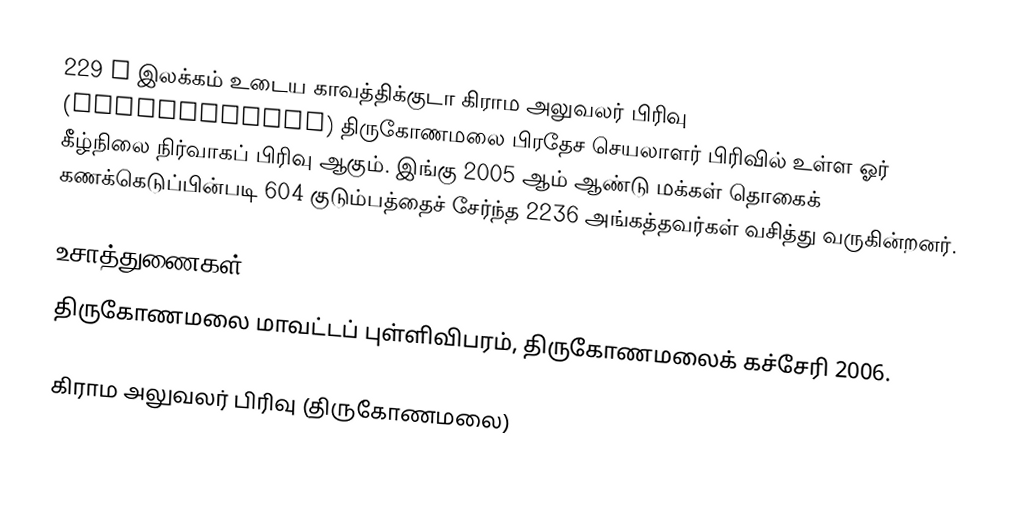
229 D இலக்கம்  உடைய காவத்திக்குடா கிராம அலுவலர் பிரிவு  (Kavattikudah) திருகோணமலை பிரதேச செயலாளர் பிரிவில் உள்ள ஓர் கீழ்நிலை நிர்வாகப் பிரிவு ஆகும். இங்கு 2005 ஆம் ஆண்டு மக்கள் தொகைக் கணக்கெடுப்பின்படி 604 குடும்பத்தைச் சேர்ந்த 2236 அங்கத்தவர்கள் வசித்து வருகின்றனர்.

உசாத்துணைகள்
திருகோணமலை மாவட்டப் புள்ளிவிபரம், திருகோணமலைக் கச்சேரி 2006.

கிராம அலுவலர் பிரிவு (திருகோணமலை)